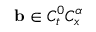
\ensuremath { \mathbf { b } } \in C _ { t } ^ { 0 } C _ { x } ^ { \alpha }